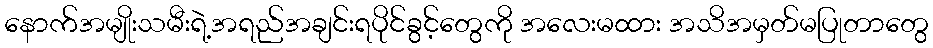
နောက်အမျိုးသမီးရဲ့အရည်အချင်းရပိုင်ခွင့်တွေကို အလေးမထား အသိအမှတ်မပြုတာတွေ